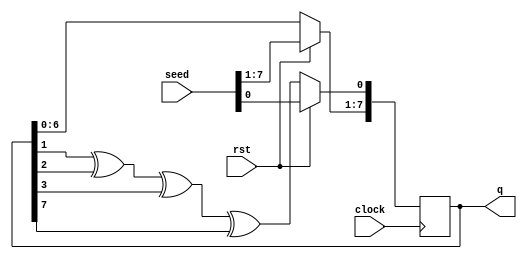
`timescale 1ns / 1ps
//////////////////////////////////////////////////////////////////////////////////
// Company: 
// Engineer: 
// 
// Design Name: 
// Module Name: lsfr
// Project Name: 
// Target Devices: 
// Tool Versions: 
// Description: 
// 
// Dependencies: 
// 
// Revision:
// Revision 0.01 - File Created
// Additional Comments:
// 
//////////////////////////////////////////////////////////////////////////////////


module lfsr (output reg [7:0]q, input [7:0]seed, input rst, input clock);
    
    wire din;
    
    assign din = q[1]^q[2]^q[3]^q[7];
    
    initial
    begin
        q <= 8'b00000001;
    end
    
    always @(posedge clock)
    begin
        if(rst == 1)
        begin
            q <= seed;
        end
        else if (rst == 0)
        begin
            q[7:1] <= q[6:0];
            q[0] <= din;
        end
    end
endmodule